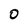
Character: 0